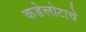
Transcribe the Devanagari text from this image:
कडेलोटाचे